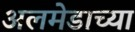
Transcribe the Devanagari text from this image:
अलमेडाच्या